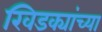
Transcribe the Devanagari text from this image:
खिडक्यांच्या